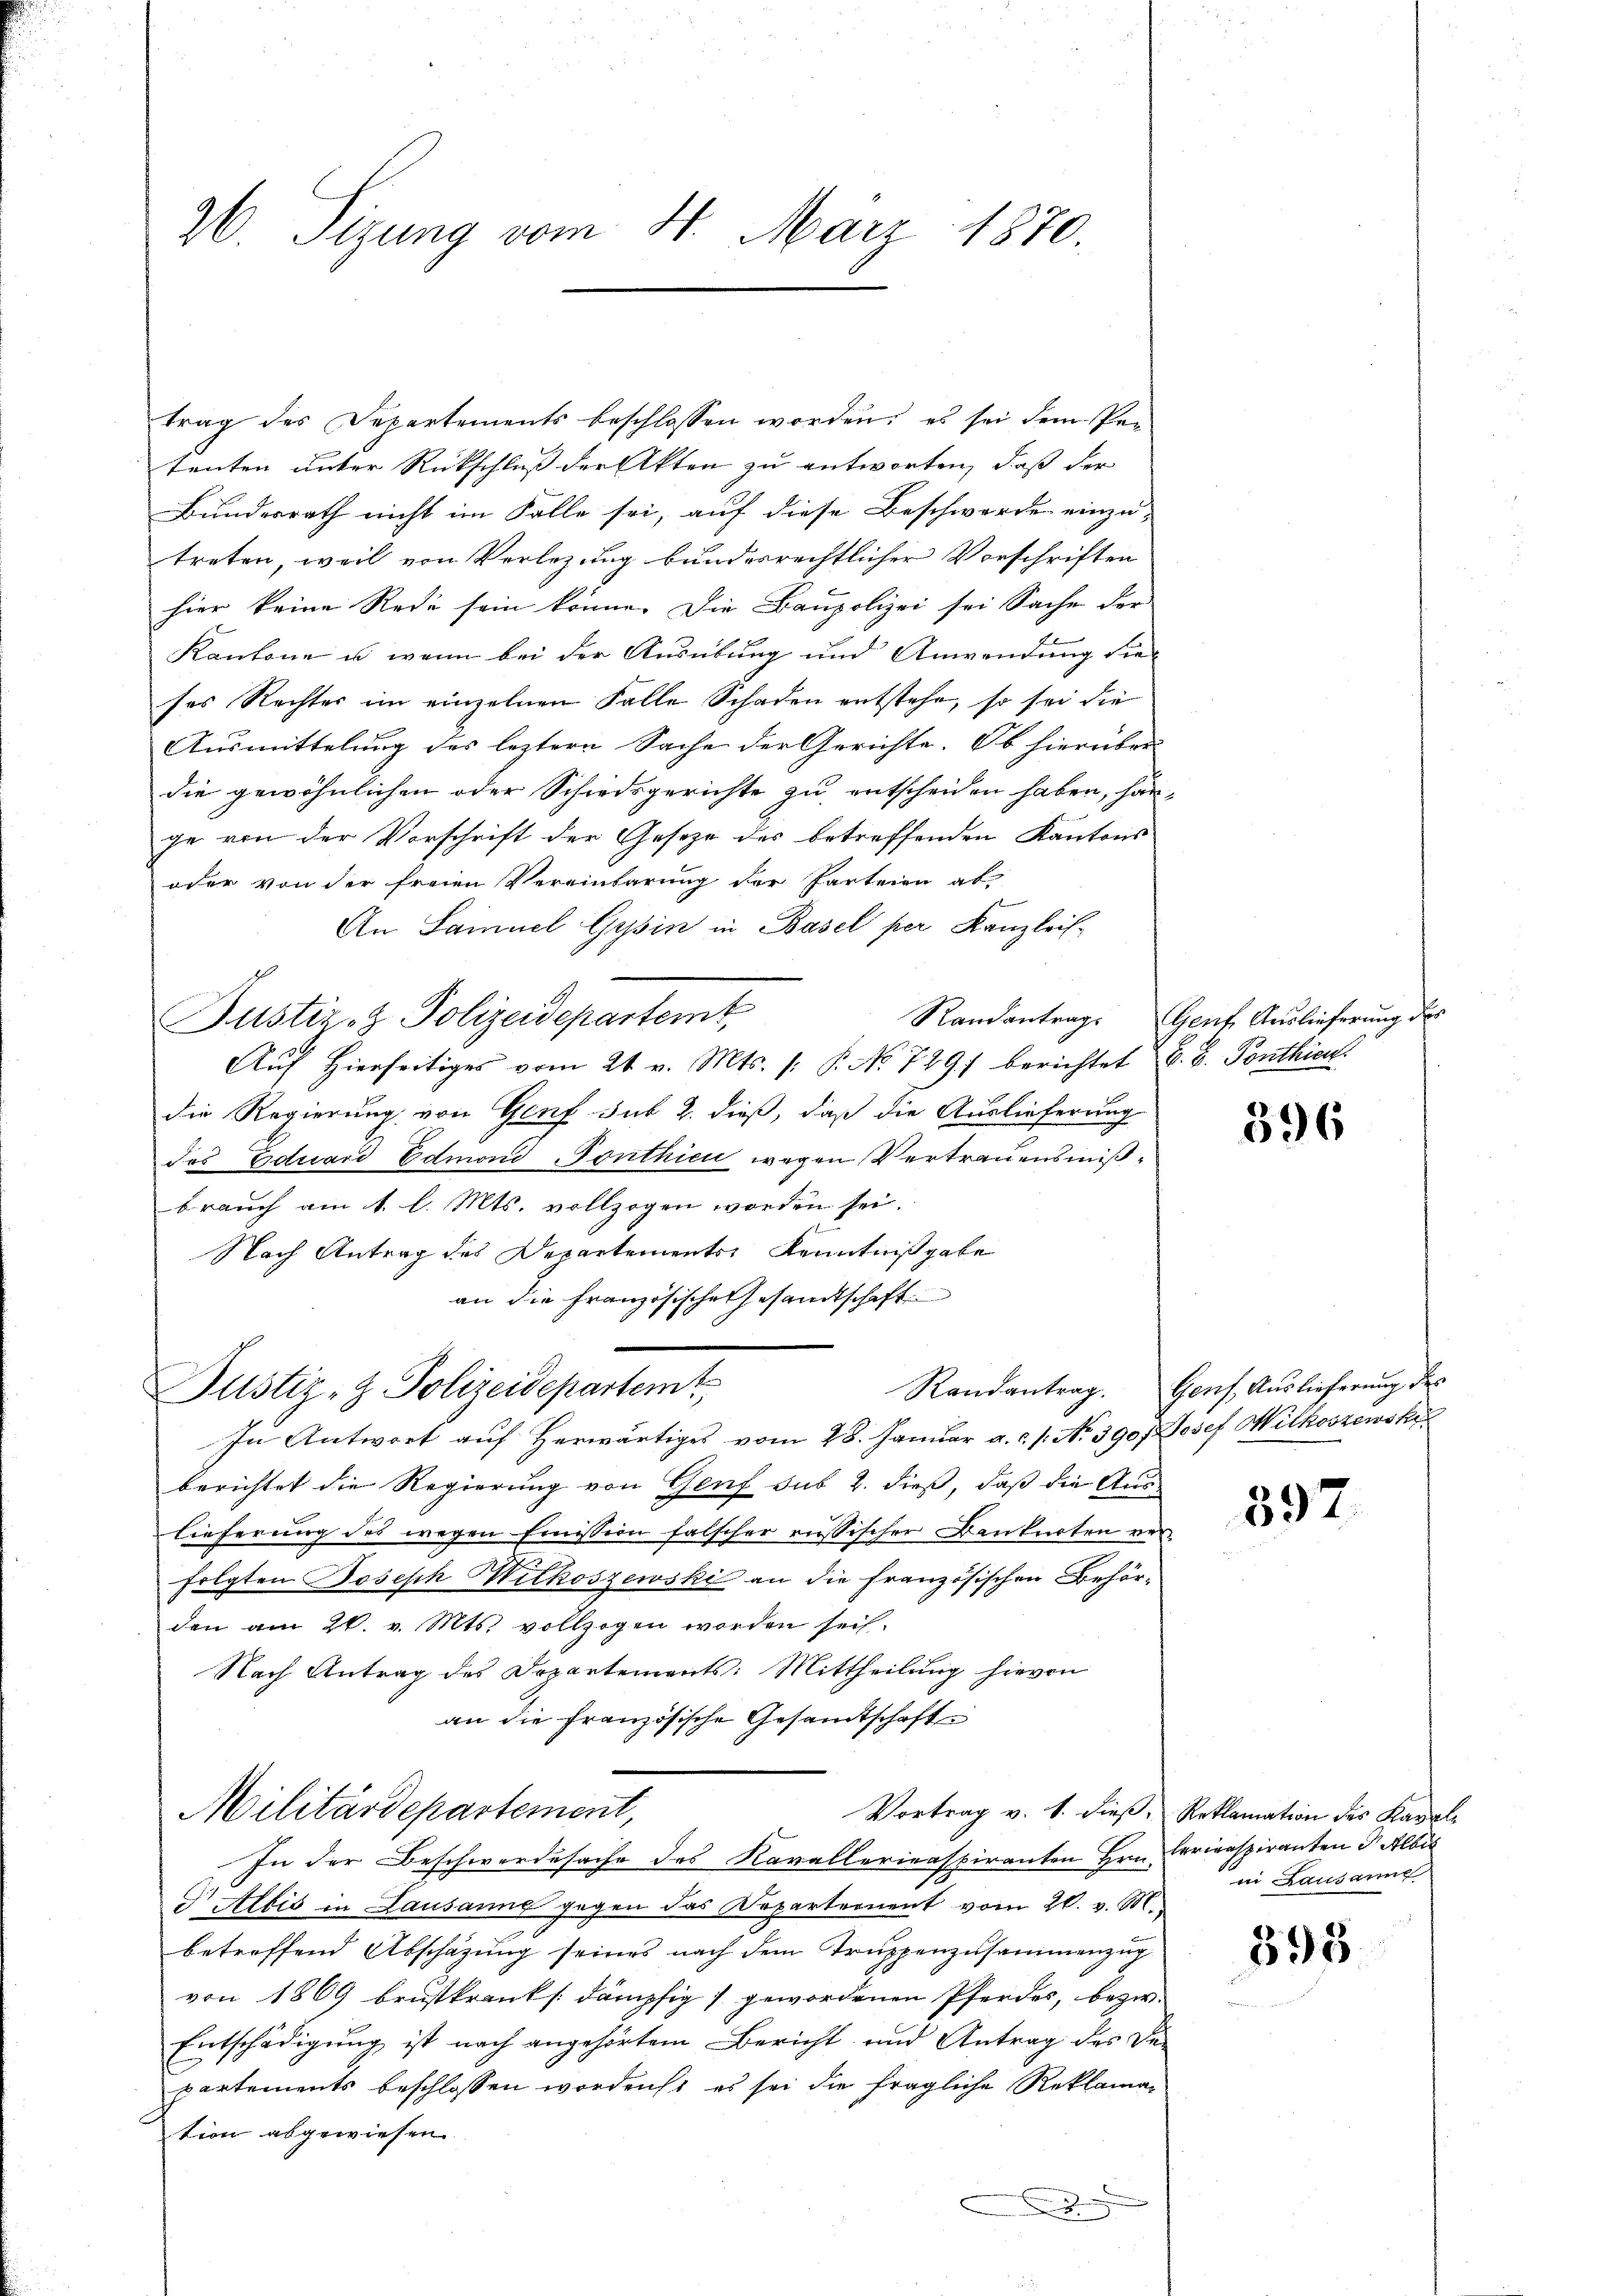
26 Sizung vom 4. März 1870.

trag des Departements beschlossen worden, es sei dem Pen
tenten unter Rückschluß der Akten zu antworten, daß der
Bundesrath nicht im Falle sei, auf diese Beschwerde einzu-
treten, weil von Verlegung bundesrechtlicher Vorschriften
hier keine Rede sein könne. Die Baupolizei sei Sache der
Kantone u. wenn bei der Ausübung und Anwendung die
ses Rechter im einzelnen Falle Schaden entstehe, so sei die
Ausmittelung des leztern Sache der Gerichte. Ob hierüber-
die gewöhnlichen oder Schiedsgerichte zu entscheiden haben, hange von der Vorschrift der Gesetze des betreffenden Kantons
oder von der freien Vereinbarung der Parteien ab
An Samuel Gysin in Basel per Kanzleis¬
Justiz- & Polizeidepartemt,
Aŭf Hierseitiges vom 21. v. Mts. /: P. No 7897 berichtet E. B. Ponthien.
die Regierung von Genf sub 2. dieß, daß die Auslieferung
das Eduard Edmond-Ponthien wegen Vertrauensmißbrauch am 1. l. Mts. vollzogen worden sei.
Nach Antrag des Departements Kenntnißgabe
an die Französische Gesandtschaft
Justiz- & Polizeidepartemt
In Antwort auf Herwärtiges vom 28. Januar a.c. s. No. 390/Josef Wilkoszewski
berichtet die Regierung von Genf sub 2. dieß, daß die Auslieferung des wegen Emission falscher russischer Bankarten verfolgten Joseph Wilkoszewski an die französischen Behörden am 26. v. Mts. vollzogen worden sei.
Nach Antrag des Departements: Mittheilung hievon
an die französische Gesandtschaften
Militärdepartement,
Vortrag v. 1. dieβ, Reklamation des Kanale
In der Beschwerdesache des Kavallerinaspiranten Hrn. Erricaspiranten u Albis
Dr Albis in Lausanne gegen das Departernent vom 20. v. M.,
betreffend Abschazung seines nach dem Truppenzusammenzug
von 1869 brustkranks dämpfig gewordenen Pferdes, bezw.
Entschädigung ist nach angehörtem Bericht und Antrag des Departements beschlossen wordenst es sei die fragliche Reklamation abgewiesen.

Randantrag. Genf Auslieferung des

396

Randantrag. Genf, Auslieferung des

397.

ei Lausannt

398